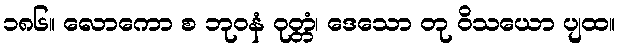
၁၈၆။ လောကော စ ဘုဝနံ ဝုတ္တံ၊ ဒေသော တု ဝိသယော ပျထ။